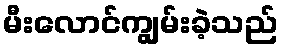
မီးလောင်ကျွမ်းခဲ့သည်